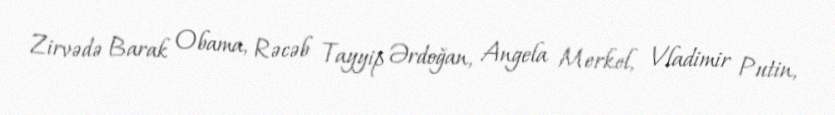
Zirvədə Barak Obama, Rəcəb Tayyip Ərdoğan, Angela Merkel, Vladimir Putin,